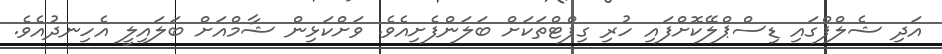
އަދި ޝެލްފްގައި ޑިސްޕްލޭކޮށްފައި ހުރި ގިފްޓްތަކަށް ބަލަންފެށިއެވެ. ވަށްކަޅިން ޝާމްއަށް ބަލައިލީ އެހިނދުއެވެ.